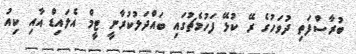
ބުރާސްފަތި ދުވަހުގެ ރޭ ކުޅޭ ފަހުމެޗުގައި ބައްދަލުކުރާނީ ޓީމް އެލައިޑް އާއި ކިއު